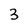
Character: 3